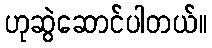
ဟုဆွဲဆောင်ပါတယ်။